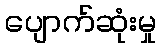
ပျောက်ဆုံးမှု